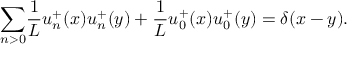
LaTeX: { \sum _ { n > 0 } } \frac { 1 } { L } u _ { n } ^ { + } ( x ) u _ { n } ^ { + } ( y ) + \frac { 1 } { L } u _ { 0 } ^ { + } ( x ) u _ { 0 } ^ { + } ( y ) = \delta ( x - y ) .